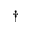
\dag